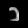
Digit: ၁